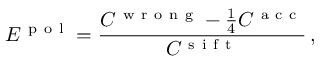
E ^ { \mathrm { ~ p ~ o ~ l ~ } } = \frac { C ^ { \mathrm { ~ w ~ r ~ o ~ n ~ g ~ } } - \frac { 1 } { 4 } C ^ { \mathrm { ~ a ~ c ~ c ~ } } } { C ^ { \mathrm { ~ s ~ i ~ f ~ t ~ } } } \, ,